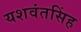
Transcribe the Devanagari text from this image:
यशवंतसिंह